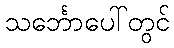
သင်္ဘောပေါ်တွင်